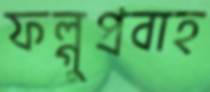
ফল্গুপ্রবাহ